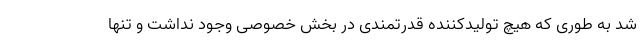
شد به طوری که هیچ تولیدکننده قدرتمندی در بخش خصوصی وجود نداشت و تنها